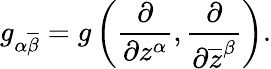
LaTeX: g_{\alpha{\overline{{\beta}}}}=g\left({\frac{\partial}{\partial z^{\alpha}}},{\frac{\partial}{\partial{\overline{{z}}}^{\beta}}}\right).